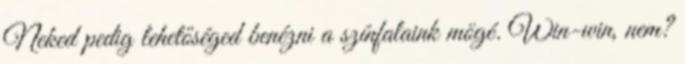
Neked pedig lehetőséged benézni a színfalaink mögé. Win-win, nem?